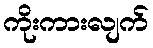
ကိုးကားလျက်